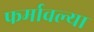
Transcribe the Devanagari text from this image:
फर्मावल्या